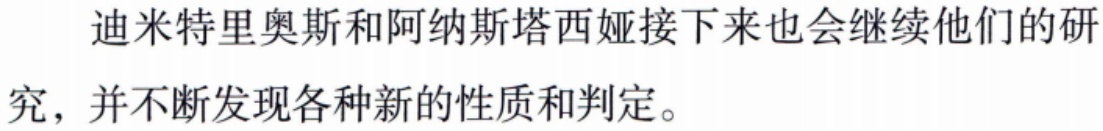
迪米特里奥斯和阿纳斯塔西娅接下来也会继续他们的研究，并不断发现各种新的性质和判定。